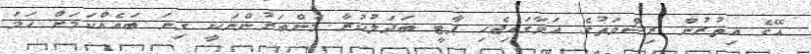
އޭގެ އިތުރުން ރިޝްވަތުގެ އަވާގައިޖެހި ޕާޓީ ބަދަލުކުރާ މެންބަރުންނަކީ ގިނަ ބައެއްކަމަށް ހަމަ